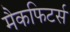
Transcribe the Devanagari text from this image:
मैकफिटर्स